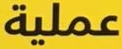
عملية